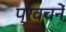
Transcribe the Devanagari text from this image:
प्रवचनें